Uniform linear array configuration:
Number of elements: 8
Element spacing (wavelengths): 0.75
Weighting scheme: cosine
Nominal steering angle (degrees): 60
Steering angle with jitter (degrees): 60.438
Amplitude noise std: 0.05
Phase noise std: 0.05

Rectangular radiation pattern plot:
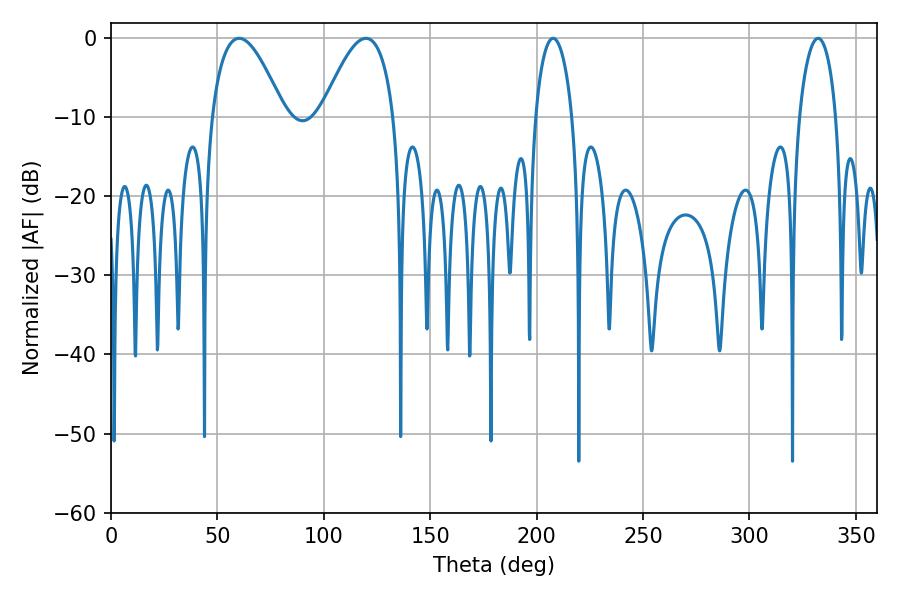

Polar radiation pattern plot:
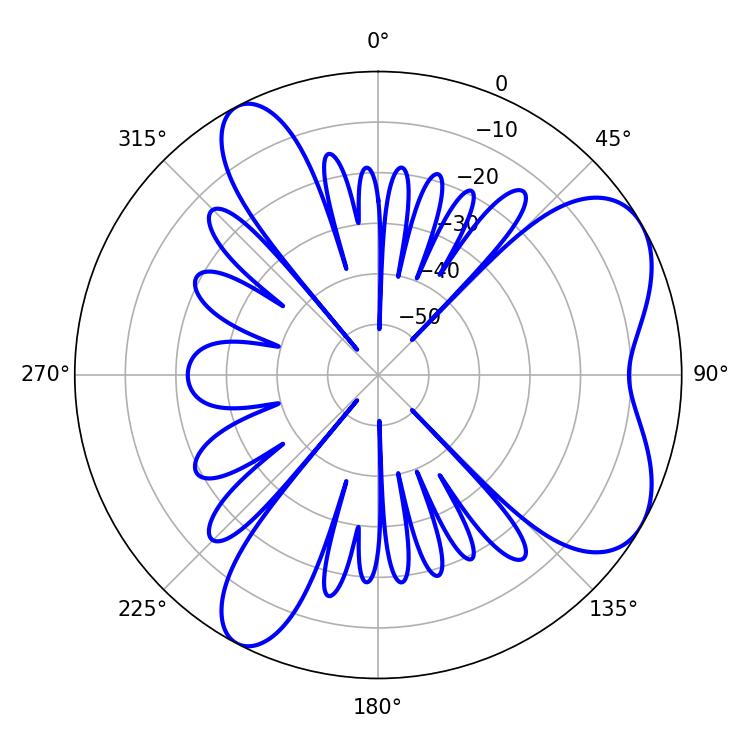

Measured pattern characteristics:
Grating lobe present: TRUE
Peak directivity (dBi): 6.381
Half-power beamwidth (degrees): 9.9
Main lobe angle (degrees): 207.72